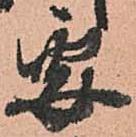
要